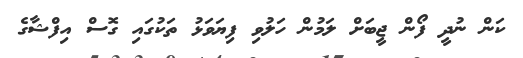
ކަން ނުދީ ފޯން ޖީބަށް ލަމުން ހަލުވި ފިޔަވަޅު ތަކުގައި ގޮސް އިފްޝާގެ